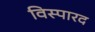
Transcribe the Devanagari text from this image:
विस्पारद